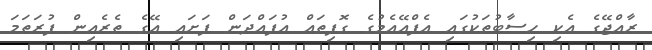
ރާއްޖޭގެ އެކި ހިސާބުތަކުގައި އެފްއޭއެމުގެ ގޮފިތައް އުފައްދަން ފަށައި އޭގެ ތެރެއިން ފުރަތަމަ